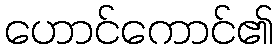
ဟောင်ကောင်၏